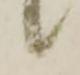
候